Civil Veterinary Department Bengal reports 1933-51 - 1933-1951
Year: 1933
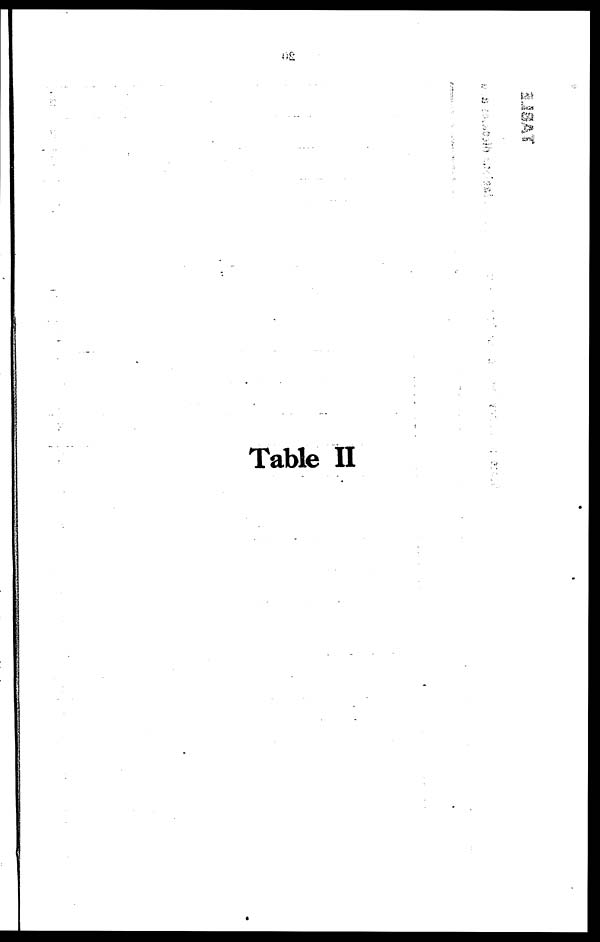
Table II